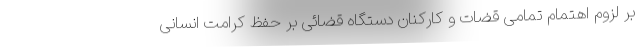
بر لزوم اهتمام تمامی قضات و کارکنان دستگاه قضائی بر حفظ کرامت انسانی